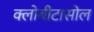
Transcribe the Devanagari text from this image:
क्लोबीटासोल